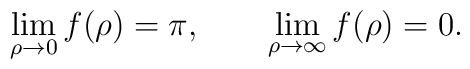
\lim_{\rho \rightarrow 0} f(\rho) =\pi ,\qquad \lim_{\rho \rightarrow\infty} f(\rho)=0.